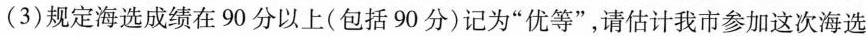
(3)规定海选成绩在90分以上(包括90分)记为“优等”请估计我市参加这次海选